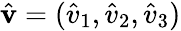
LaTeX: \hat{\mathbf v}=(\hat{v}_{1},\hat{v}_{2},\hat{v}_{3})